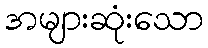
အများဆုံးသော